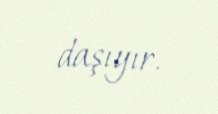
daşıyır.